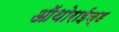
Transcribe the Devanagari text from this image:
ऑथोराईज्ड